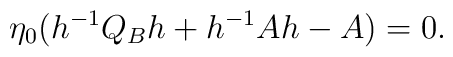
\eta_0 ( h^{-1} Q_{B} h + h^{-1}A h -A)=0.